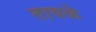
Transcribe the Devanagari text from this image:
तावळे